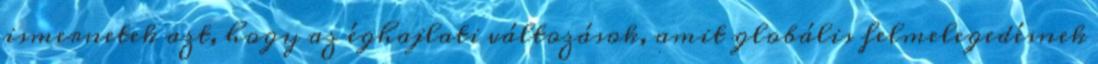
ismernetek azt, hogy az éghajlati változások, amit globális felmelegedésnek